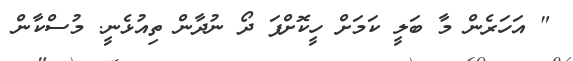
" އަހަރެން މާ ބަލީ ކަމަށް ހީކޮށްފަ ދޯ ނުދާން ތިއުޅެނީ. މުސްކާން